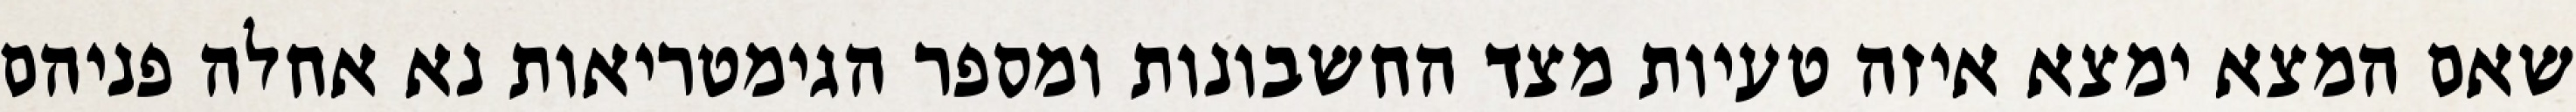
שאם המצא ימצא איזה טעיות מצד החשבונות ומספר הגימטריאות נא אחלה פניהם